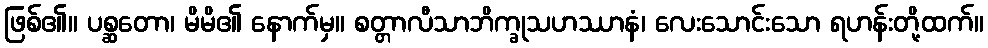
ဖြစ်၏။ ပစ္ဆတော၊ မိမိ၏ နောက်မှ။ စတ္တာလီသာဘိက္ခုသဟဿာနံ၊ လေးသောင်းသော ရဟန်းတို့ထက်။